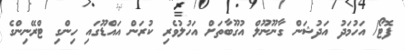
ފޮޓޯ/ އަހުމަދު އަދުޝަން ގާނޫނޫލް އުގޫބާތަށް އަހުލުވެރި ކުރަން އައްޑޫގައި ހިންގި ޓްރޭނިންގެ